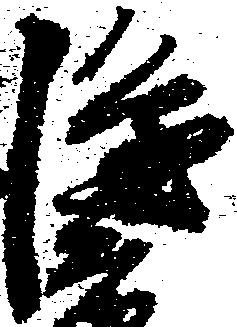
隆